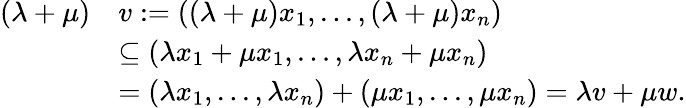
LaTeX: \begin{array}{rl}{(\lambda+\mu)}&{v:=((\lambda+\mu)x_{1},...,(\lambda+\mu)x_{n})}\\ &{\subseteq(\lambda x_{1}+\mu x_{1},...,\lambda x_{n}+\mu x_{n})}\\ &{=(\lambda x_{1},...,\lambda x_{n})+(\mu x_{1},...,\mu x_{n})=\lambda v+\mu w.}\end{array}